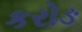
કરોઙ